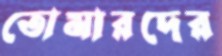
তোমারদের